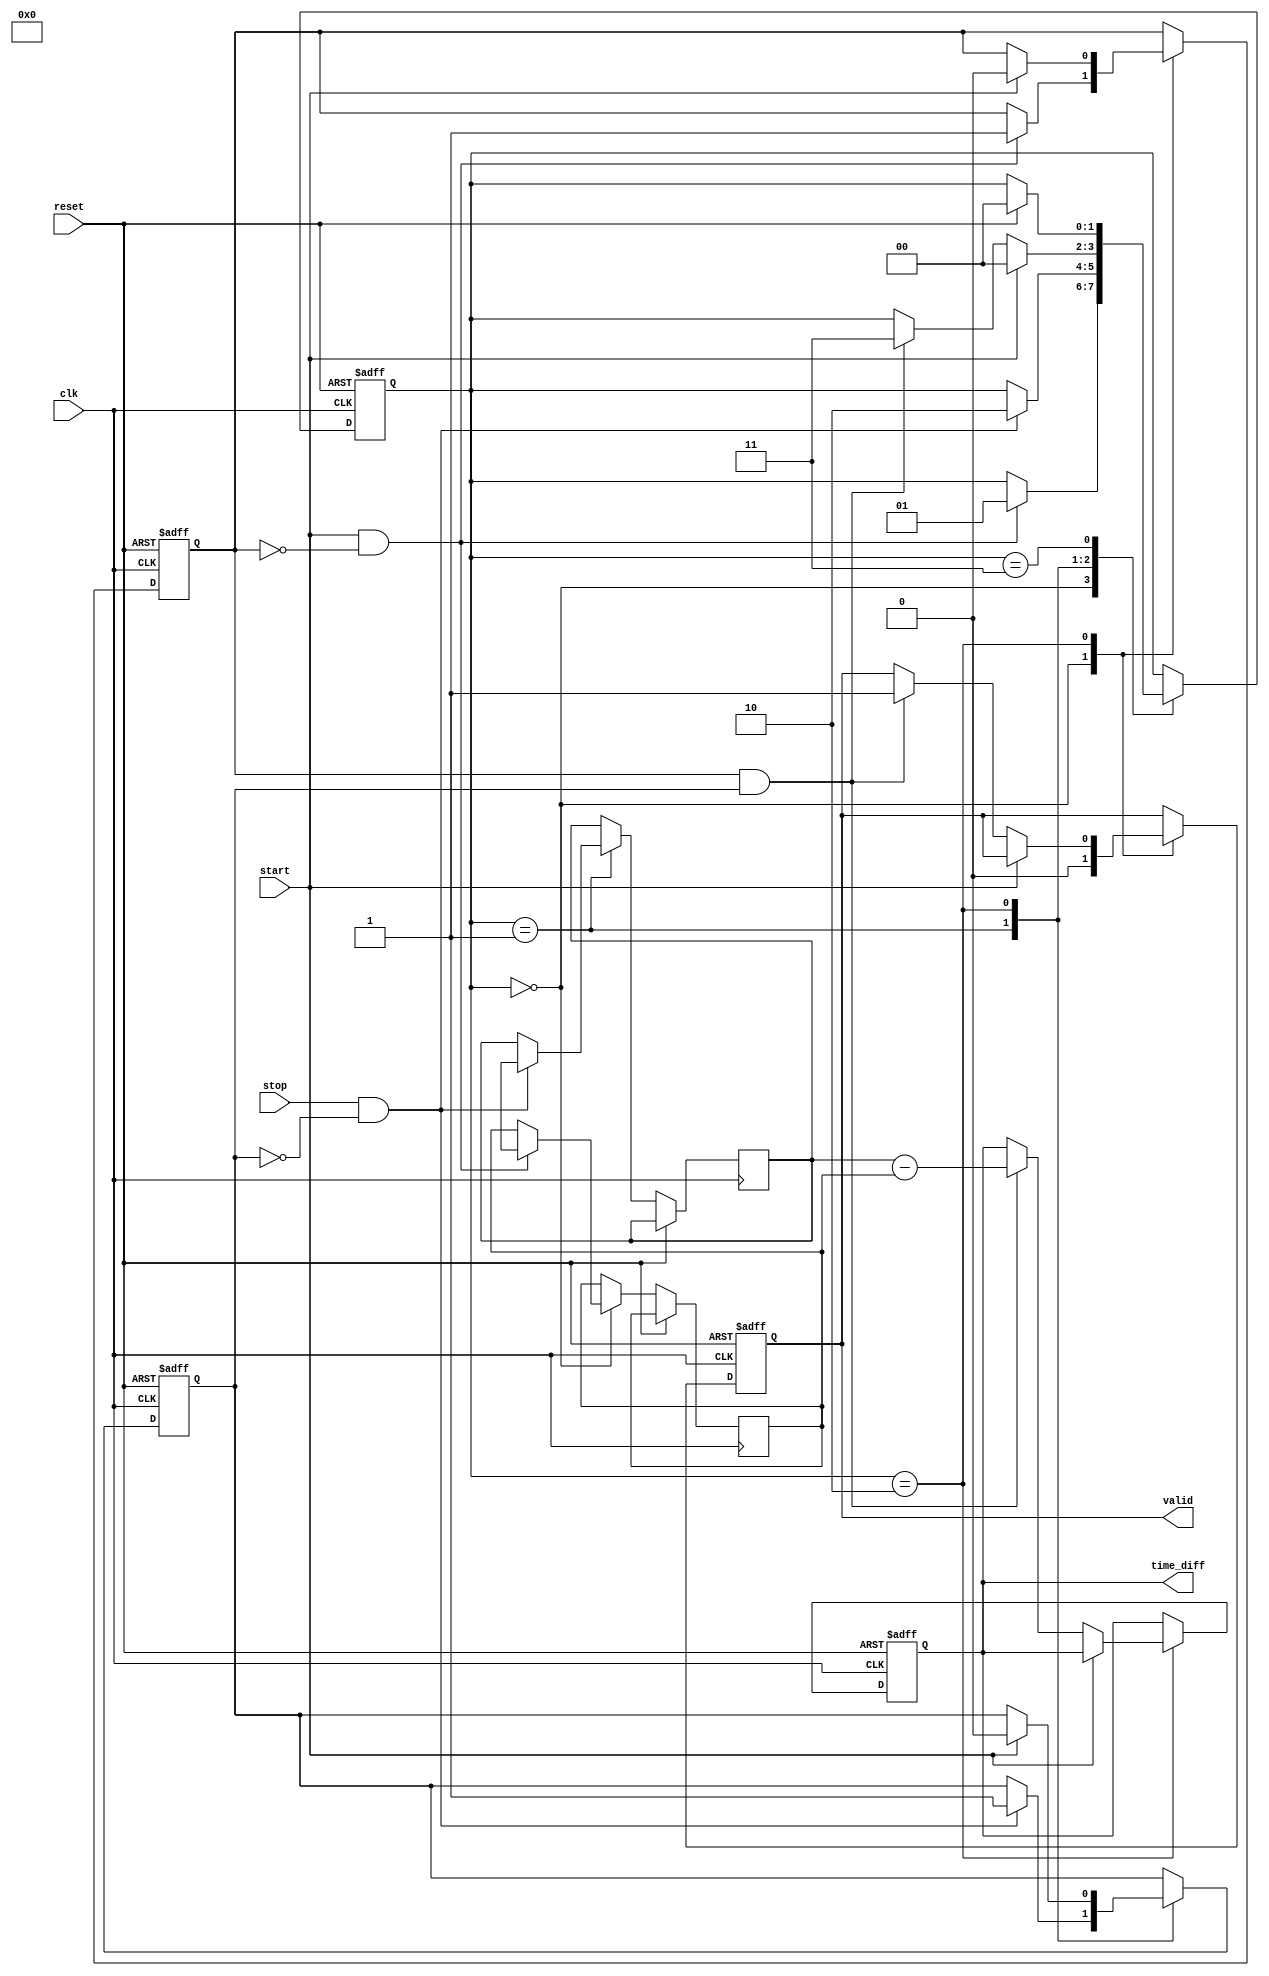
module TDC (
    input wire clk,                // Synchronized clock signal
    input wire reset,              // Reset signal
    input wire start,              // Start signal
    input wire stop,               // Stop signal
    output reg [15:0] time_diff,   // Output time difference
    output reg valid               // Output valid flag
);

    // Parameters
    parameter MEM_DEPTH = 2;       // Depth of memory (for start and stop timestamps)
    reg [15:0] timestamps [0:MEM_DEPTH-1]; // Memory block for timestamps
    reg [1:0] state;                // State machine state
    reg start_captured;             // Indicator for start captured
    reg stop_captured;              // Indicator for stop captured

    // State definitions
    localparam IDLE = 2'b00;
    localparam CAPTURE_START = 2'b01;
    localparam CAPTURE_STOP = 2'b10;
    localparam CALCULATE_DIFF = 2'b11;

    // State Machine Process
    always @(posedge clk or posedge reset) begin
        if (reset) begin
            state <= IDLE;
            valid <= 0;
            time_diff <= 16'b0;
            start_captured <= 0;
            stop_captured <= 0;
        end else begin
            case (state)
                IDLE: begin
                    valid <= 0;
                    if (start && !start_captured) begin
                        timestamps[0] <= $time; // Capture start timestamp
                        start_captured <= 1;
                        state <= CAPTURE_START;
                    end
                end

                CAPTURE_START: begin
                    if (stop && !stop_captured) begin
                        timestamps[1] <= $time; // Capture stop timestamp
                        stop_captured <= 1;
                        state <= CAPTURE_STOP;
                    end
                end

                CAPTURE_STOP: begin
                    if (start) begin
                        // If a new start is detected, reset captured indicators
                        start_captured <= 0;
                        stop_captured <= 0;
                        state <= IDLE;
                    end else begin
                        // Calculate time difference if both captured
                        if (start_captured && stop_captured) begin
                            time_diff <= timestamps[1] - timestamps[0]; // Calculate time difference
                            valid <= 1; // Indicate valid output
                            state <= CALCULATE_DIFF;
                        end
                    end
                end

                CALCULATE_DIFF: begin
                    // Wait for new start or reset
                    if (reset) begin
                        state <= IDLE;
                    end
                end

                default: state <= IDLE; // Default state
            endcase
        end
    end
endmodule